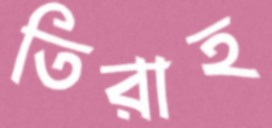
তিরাহ